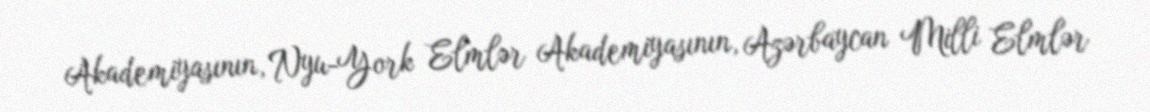
Akademiyasının, Nyu-York Elmlər Akademiyasının, Azərbaycan Milli Elmlər